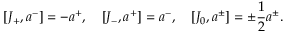
[ { \cal J } _ { + } , a ^ { - } ] = - a ^ { + } , \quad [ { \cal J } _ { - } , a ^ { + } ] = a ^ { - } , \quad [ { \cal J } _ { 0 } , a ^ { \pm } ] = \pm \frac { 1 } { 2 } a ^ { \pm } .